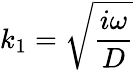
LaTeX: k_{1}=\sqrt{\frac{i\omega}{D}}